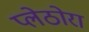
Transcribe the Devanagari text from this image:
प्लेठोरा